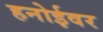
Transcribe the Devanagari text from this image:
हनोईवर